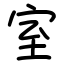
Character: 室